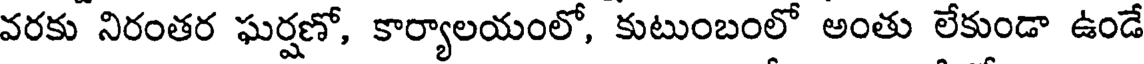
వరకు నిరంతర ఘర్షణో, కార్యాలయంలో, కుటుంబంలో అంతు లేకుండా ఉండే